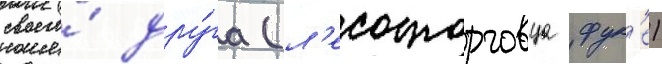
своего́ дру́га (л'есоторговца фук'е)